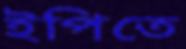
ইপিতে